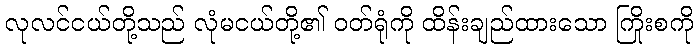
လုလင်ငယ်တို့သည် လုံမငယ်တို့၏ ဝတ်ရုံကို ထိန်းချည်ထားသော ကြိုးစကို